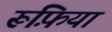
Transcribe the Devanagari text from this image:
रूफ़िया